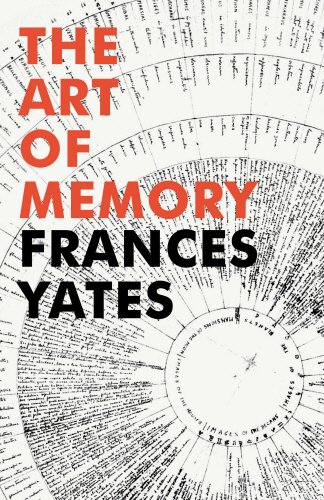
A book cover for The Art of Memory; Frances Yates; Medical Books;